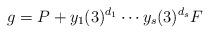
LaTeX: \begin{align*}g=P+y_1(3)^{d_1}\cdots y_s(3)^{d_s}F\end{align*}